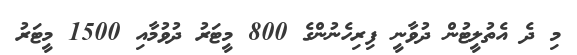
މި ދެ އެތުލީޓުން ދުވާނީ ފިރިހެނުންގެ 800 މީޓަރު ދުވުމާއި 1500 މީޓަރު